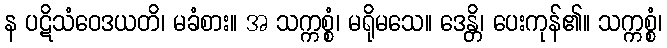
န ပဋိသံဝေဒယတိ၊ မခံစား။ အ သက္ကစ္စံ၊ မရိုမသေ။ ဒေန္တိ၊ ပေးကုန်၏။ သက္ကစ္စံ၊